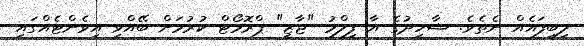
ލިބިފައެއް ނެތެވެ. ޝާހިދުގެ އާ ފިލްމު "ޖާޒީ" ޕްރޮމޯޓް ކުރުމަށް ބޭއްވި އިވެންޓެއްގައި